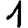
Digit: 1